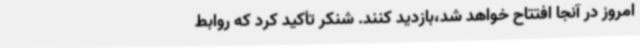
امروز در آنجا افتتاح خواهد شد،بازدید کنند. شنکر تأکید کرد که روابط